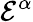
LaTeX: \mathcal{E}^{\alpha}